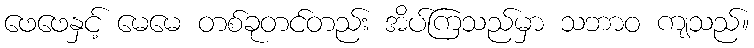
ဖေဖေနှင့် မေမေ တစ်ခုတင်တည်း အိပ်ကြသည်မှာ သဘာဝ ကျသည်။